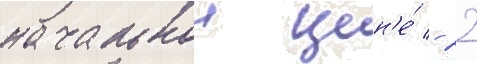
начальнои цен'е́ - 22